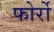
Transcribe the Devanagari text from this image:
फोर्रो